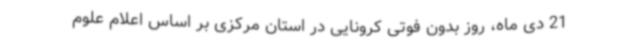
21 دی ماه، روز بدون فوتی کرونایی در استان مرکزی بر اساس اعلام علوم